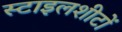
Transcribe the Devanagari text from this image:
स्टाइलशीटों